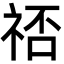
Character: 𬒷